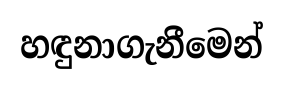
හඳුනාගැනීමෙන්